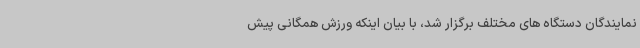
نمایندگان دستگاه های مختلف برگزار شد، با بیان اینکه ورزش همگانی پیش